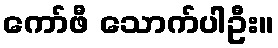
ကော်ဖီ သောက်ပါဦး။